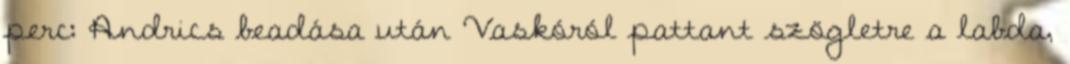
perc: Andrics beadása után Vaskóról pattant szögletre a labda,